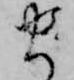
ま